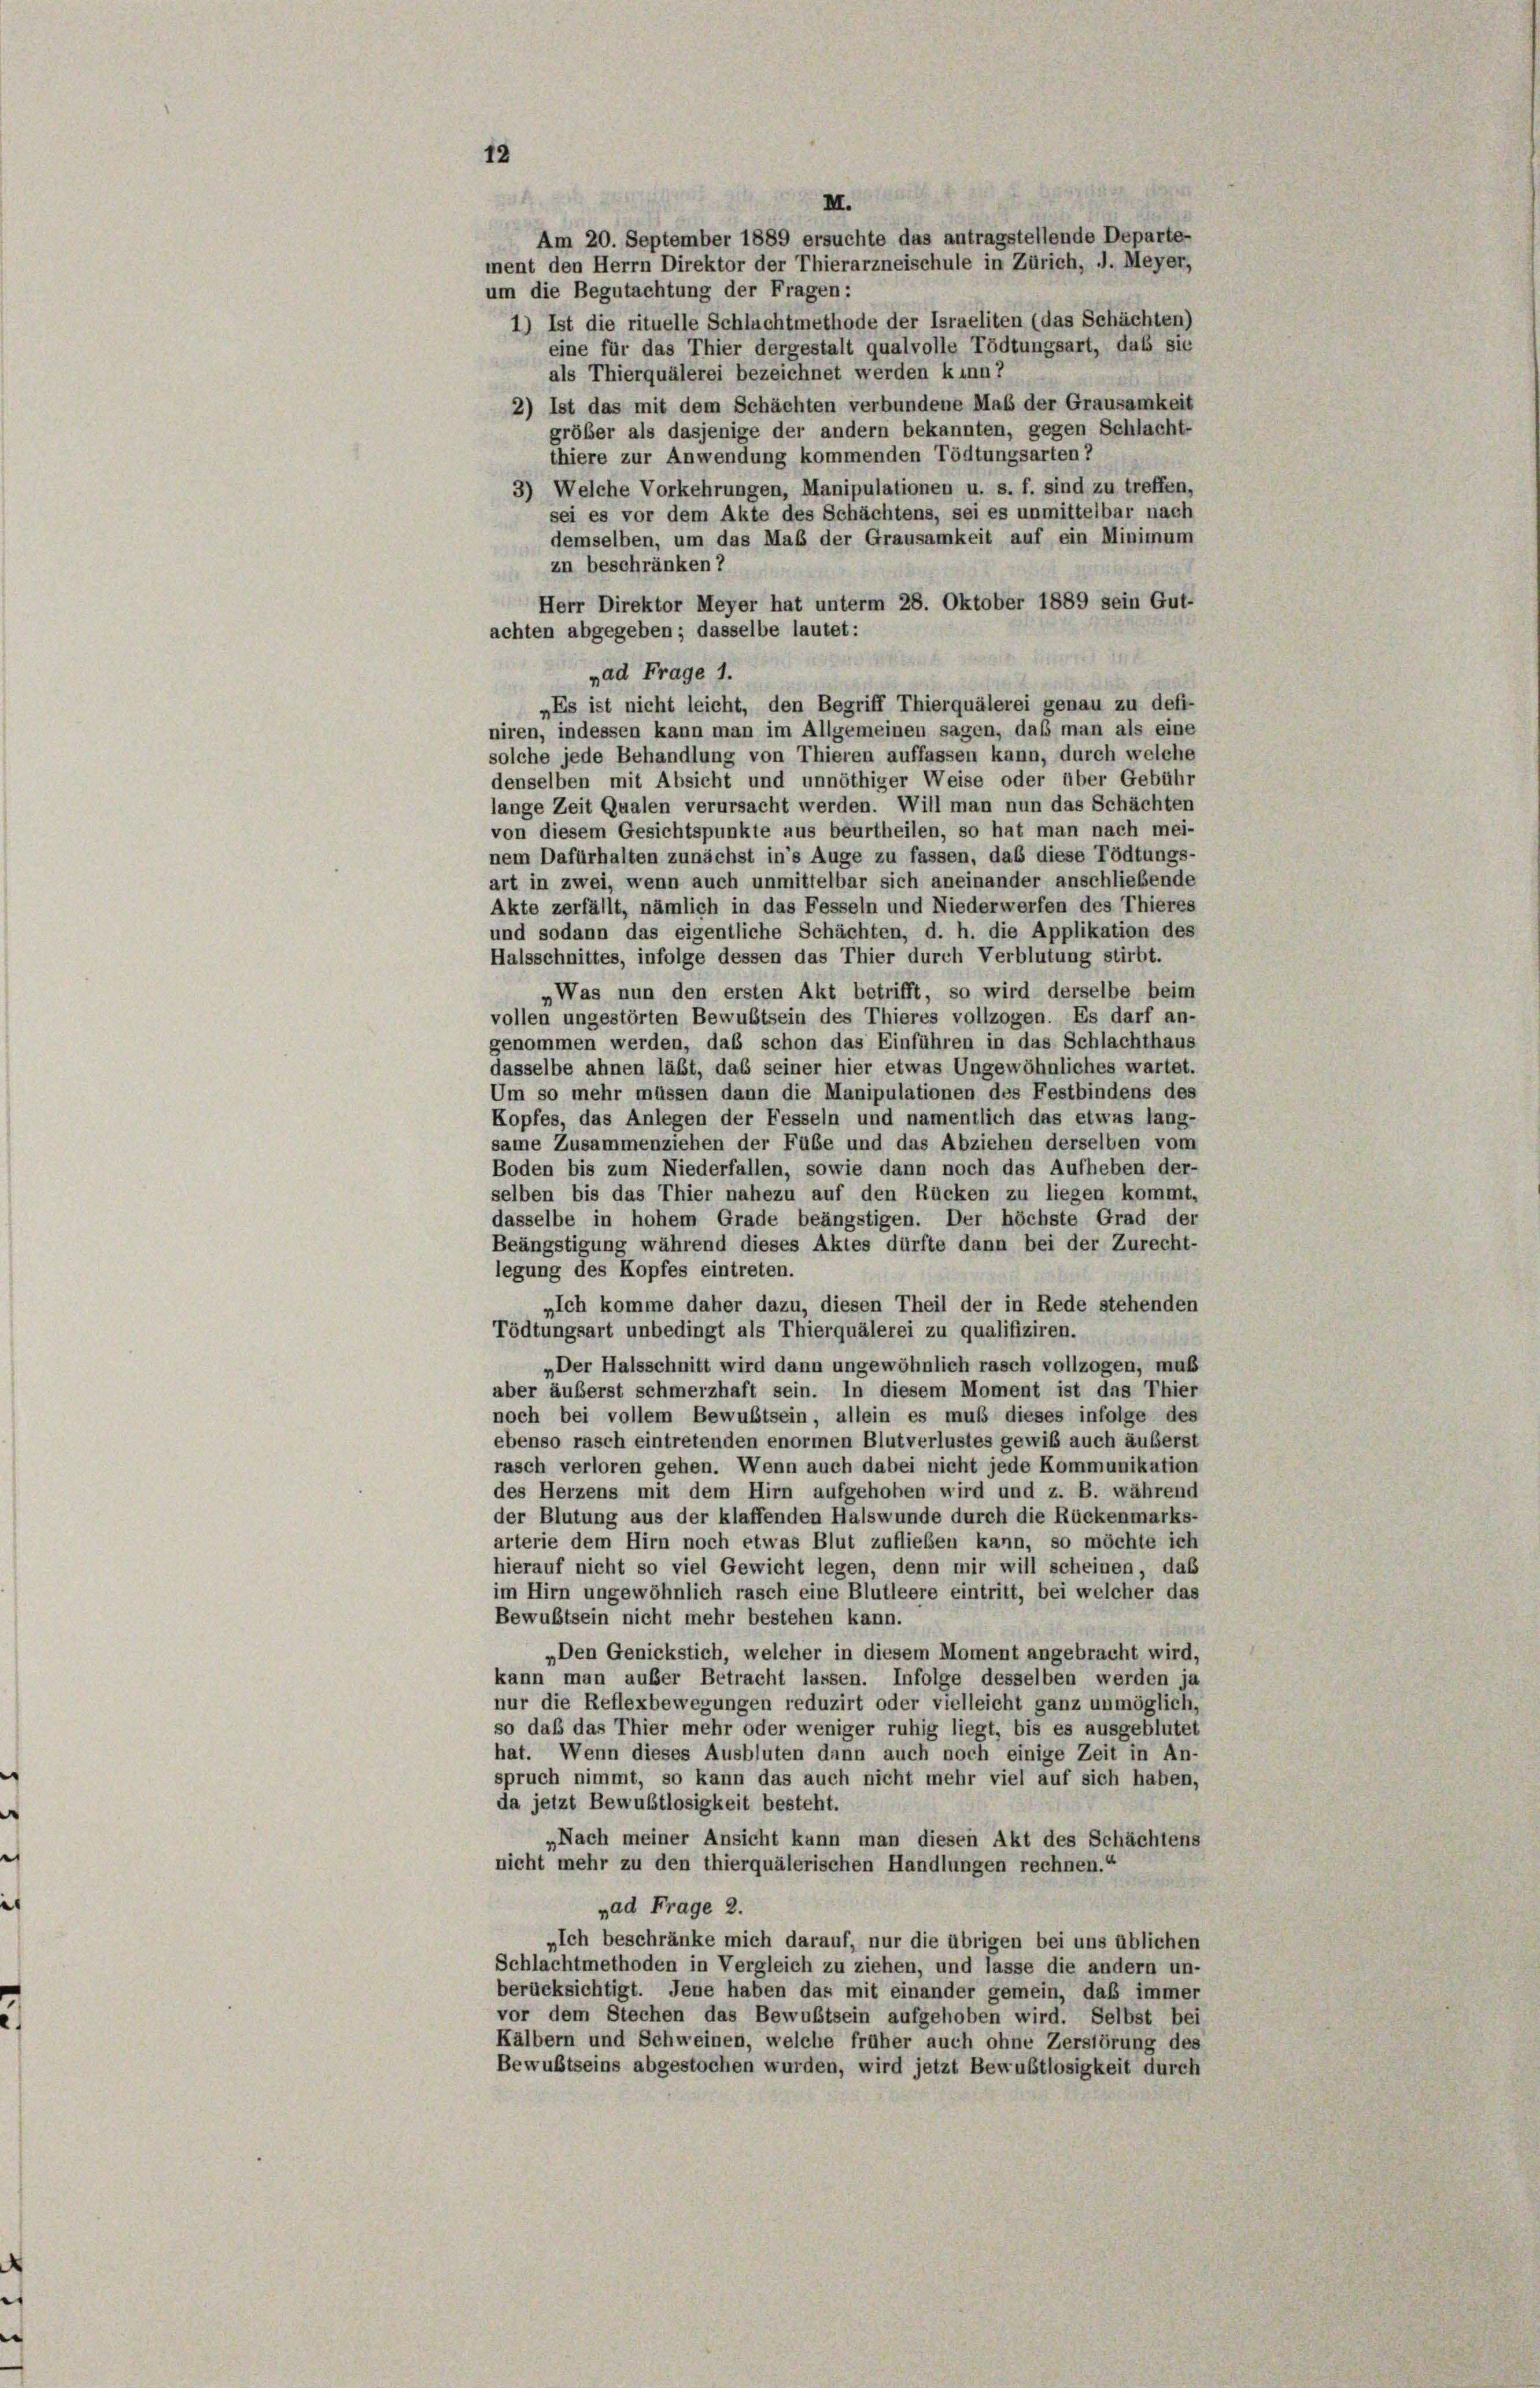
12

II.
ment den Herrn Direktor der Thierarzneischule in Zürich, d. Meyer,
um die Begutachtung der Fragen:
1) Ist die rituelle Schluchtmethode der Israeliten (das Schächten)
eine für das Thier dergestalt qualvolle Tödtungsart, daß sie
als Thierquälerei bezeichnet werden kann?
2) Ist das mit dem Schächten verbundene Mab der Grausamkeit
gröber als dasjenige der andern bekannten, gegen Schlacht-
thiere zur Anwendung kommenden Tödtungsarten?
3) Welche Vorkehrungen, Manipulationen u. s. f. sind zu treffen,
sei es vor dem Akte des Schächtens, sei es unmittelbar nach
demselben, um das Maß der Grausamkeit auf ein Minimum
zn beschränken?
Herr Direktor Meyer hat unterm 28. Oktober 1889 sein Gut-
achten abgegeben; dasselbe lautet:
„ad Frage 1.
„Es ist nicht leicht, den Begriff Thierquälerei genau zu defi-
niren, indessen kann man im Allgemeinen sagen, daß man als eine
solche jede Behandlung von Thieren auffassen kann, durch welche
denselben mit Absicht und unnöthiger Weise oder über Gebühr
lange Zeit Qualen verursacht werden. Will man nun das Schächten
von diesem Gesichtspunkte aus beurtheilen, so hat man nach mei-
nem Dafürhalten zunächst in’s Auge zu fassen, daß diese Tödtungs-
art in zwei, wenn auch unmittelbar sich aneinander anschließende
Akte zerfällt, nämlich in das Fesseln und Niederwerfen des Thieres
und sodann das eigentliche Schächten, d. h. die Applikation des
Halsschnittes, infolge dessen das Thier durch Verblutung stirbt.
Was nun den ersten Akt betrifft, so wird derselbe beim
vollen ungestörten Bewustsein des Thieres vollzogen. Es darf an-
genommen werden, daß schon das Einführen in das Schlachthaus
dasselbe ahnen läßt, das seiner hier etwas Ungewöhnliches wartet.
Um so mehr müssen dann die Manipulationen des Festbindens des
Kopfes, das Anlegen der Fesseln und namentlich das etwas lang-
same Zusammenziehen der Fübe und das Abziehen derselben vom
Boden bis zum Niederfallen, sowie dann noch das Aufheben der-
selben bis das Thier nahezu auf den Rücken zu liegen kommt,
dasselbe in hohem Grade beängstigen. Der höchste Grad der
Beängstigung während dieses Aktes dürfte dann bei der Zurecht-
legung des Kopfes eintreten.
„Ich komme daher dazu, diesen Theil der in Rede stehenden
Tödtungsart unbedingt als Thierquälerei zu qualifiziren.
„Der Halsschnitt wird dann ungewöhnlich rasch vollzogen, muß
aber äußerst schmerzhaft sein. In diesem Moment ist das Thier
noch bei vollem Bewußtsein, allein es muß dieses infolge des
ebenso rasch eintretenden enormen Blutverlustes gewiß auch äußerst
rasch verloren gehen. Wenn auch dabei nicht jede Kommunikation
des Herzens mit dem Hirn aufgehoben wird und z. B. während
der Blutung aus der klaffenden Halswunde durch die Rückenmarks-
arterie dem Hirn noch etwas Blut zufließen kann, so möchte ich
hierauf nicht so viel Gewicht legen, denn mir will scheinen, das
im Hirn ungewöhnlich rasch eine Blutleere eintritt, bei welcher das
Bewußtsein nicht mehr bestehen kann.
„Den Genickstich, welcher in diesem Moment angebracht wird,
kann man außer Betracht lassen. Infolge desselben werden ja
nur die Reflexbewegungen reduzirt oder vielleicht ganz unmöglich,
so daß das Thier mehr oder weniger ruhig liegt, bis es ausgeblutet
hat. Wenn dieses Ausbluten dann auch noch einige Zeit in An-
spruch nimmt, so kann das auch nicht mehr viel auf sich haben,
da jetzt Bewustlosigkeit besteht.
„Nach meiner Ansicht kann man diesen Akt des Schächtens
nicht mehr zu den thierquälerischen Handlungen rechnen.“
„ad Frage 2.
„Ich beschränke mich darauf, nur die übrigen bei uns üblichen
Schlachtmethoden in Vergleich zu ziehen, und lasse die andern un-
berücksichtigt. Jene haben das mit einander gemein, daß immer
vor dem Stechen das Bewußtsein aufgehoben wird. Selbst bei
Kälbern und Schweinen, welche früher auch ohne Zerstörung des
Bewußtseins abgestochen wurden, wird jetzt Bewustlosigkeit durch

Am 20. September 1889 ersuchte das antragstellende Departe-